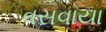
વસવાયા